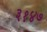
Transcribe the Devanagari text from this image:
३१४७